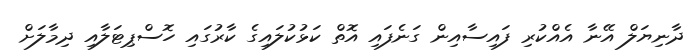
ދާނިޔަލް އޭނާ އެއްކުރި ފައިސާއިން ގަނެފައި އޮތް ކަޅުކުލައިގެ ކާރުގައި ހޮސްޕިޓަލާއި ދިމާލަށް